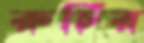
রুচির